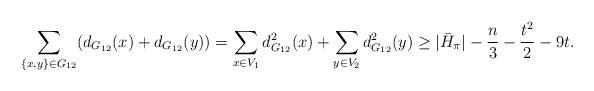
LaTeX: \begin{align*} \sum_{\{x,y\} \in G_{12}} (d_{G_{12}}(x) + d_{G_{12}}(y)) = \sum_{x \in V_1}d_{G_{12}}^2(x)+ \sum_{y \in V_2}d_{G_{12}}^2(y)\ge |\bar{H}_\pi| -\frac{n}{3} - \frac{t^2}{2} - 9 t. \end{align*}